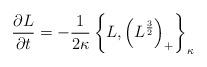
LaTeX: \begin{align*}{\partial L\over \partial t} = -{1\over 2\kappa} \left\{L,\left(L^{3\over 2}\right)_{+}\right\}_{\kappa}\end{align*}